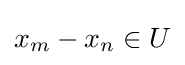
x_{m}-x_{n}\in U